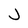
Character: J